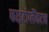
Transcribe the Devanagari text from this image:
फाइटोप्लैंकटन